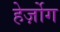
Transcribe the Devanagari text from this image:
हेर्ज़ोग